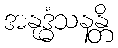
အနုဒ္ဓံသနန္တိ